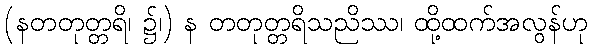
(နတတုတ္တရိ၊ ၌၊) န တတုတ္တရိသညိဿ၊ ထို့ထက်အလွန်ဟု